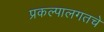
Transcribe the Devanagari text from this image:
प्रकल्पालगतचे